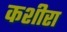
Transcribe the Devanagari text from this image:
कशीरा